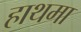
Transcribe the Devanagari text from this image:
हाथमा